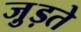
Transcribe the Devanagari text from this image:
जु़ड़ते